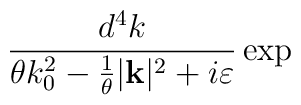
\frac{d^{4}k}{\theta k^{2}_{0}-\frac{1}{\theta }|\mathbf{k}|^{2}+i\varepsilon }\exp